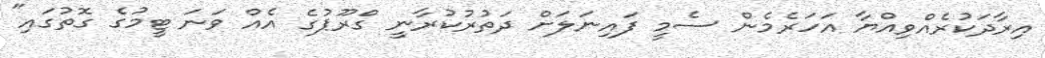
އިރާދަކުރެއްވިއްޔާ އަހަރެމެން ސެމީ ފައިނަލަށް ދަތުރުކުރާނީ ގްރޫޕުގެ އެއް ވަނަ ޓީމުގެ ގޮތުގައި"